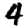
Digit: 4